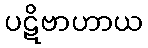
ပဋိဗာဟာယ